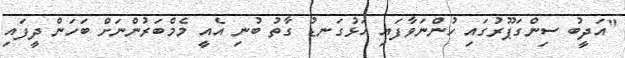
"އަދީބު ސިންގަޕޫރުގައި ހުންނަވާފައި އަޅުގަނޑު ގާތު ބުނި އެއީ މެމްބަރުންނަށް ބަހަން ދީފައި